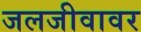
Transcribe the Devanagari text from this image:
जलजीवावर